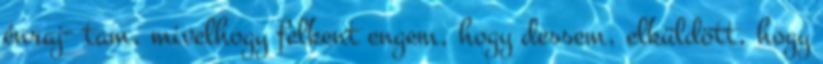
énraj− tam, mivelhogy felkent engem, hogy dessem, elküldött, hogy